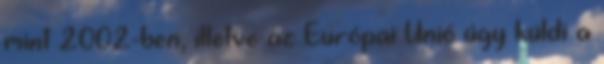
mint 2002-ben, illetve az Európai Unió úgy küldi a